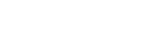
သတိမထားမိကြ။